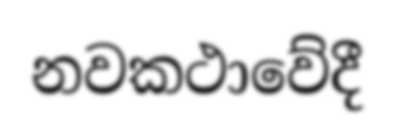
නවකථාවේදී